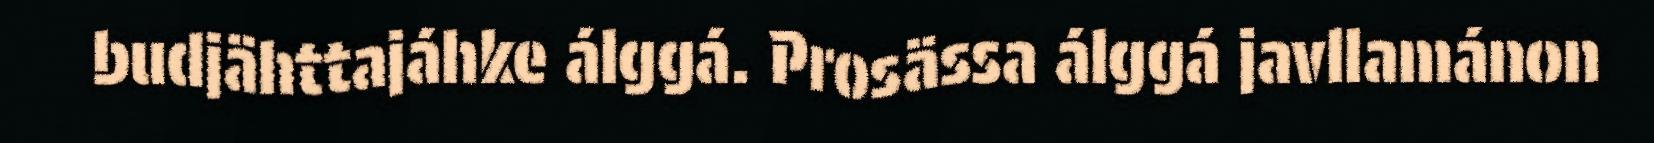
budjähttajáhke álggá. Prosässa álggá javllamánon